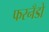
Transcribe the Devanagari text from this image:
फरनँडो